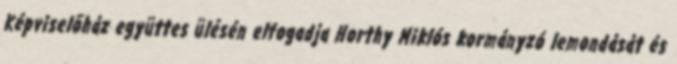
Képviselõház együttes ülésén elfogadja Horthy Miklós kormányzó lemondását és